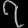
Digit: ၇